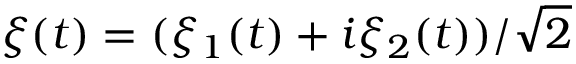
\xi ( t ) = ( \xi _ { 1 } ( t ) + i \xi _ { 2 } ( t ) ) / \sqrt { 2 }